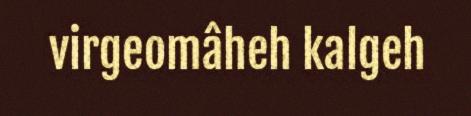
virgeomâheh kalgeh